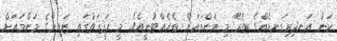
ކަނު އަނދިރިގަނޑެއްގެ ތެރޭ މި މަންމައަށް ބެހެއްޓުނީއެވެ. މީ ޙަޤީޤަތުގައި ޒައިންގެ މަންމައަށް